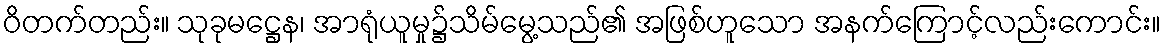
ဝိတက်တည်း။ သုခုမဋ္ဌေန၊ အာရုံယူမှု၌သိမ်မွေ့သည်၏ အဖြစ်ဟူသော အနက်ကြောင့်လည်းကောင်း။